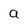
Character: a